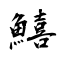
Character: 鱚